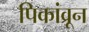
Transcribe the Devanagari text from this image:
पिकांव्रून